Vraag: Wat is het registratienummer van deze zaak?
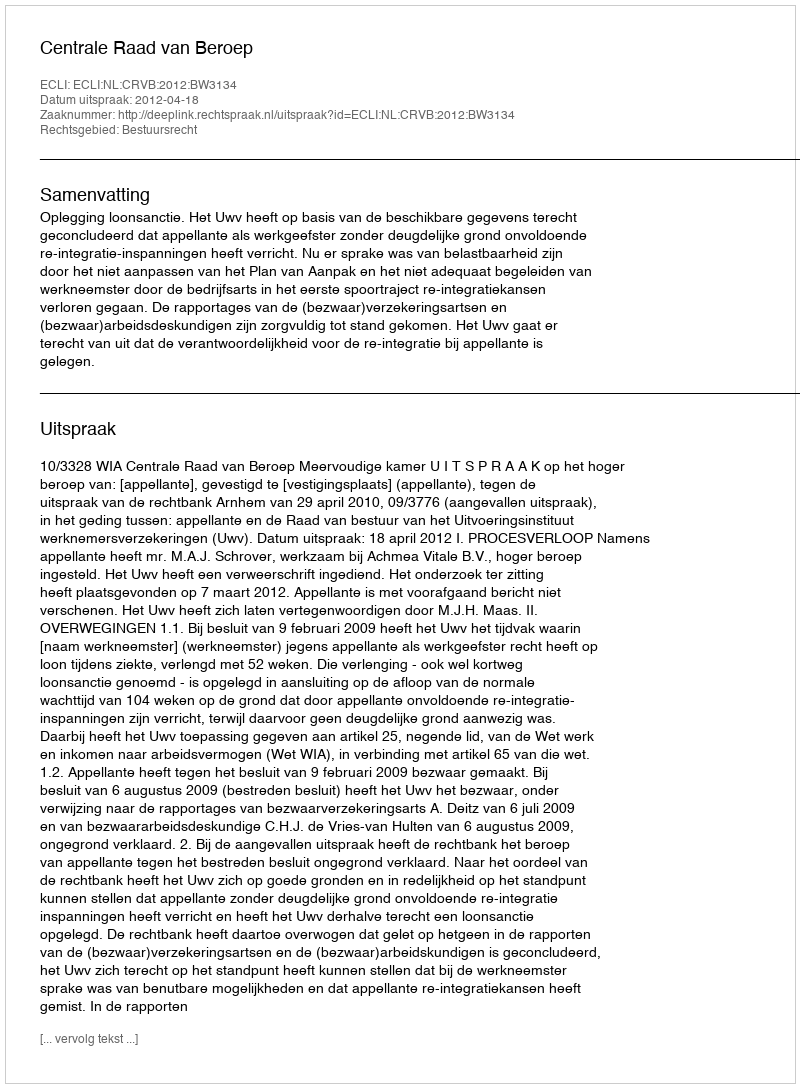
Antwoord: http://deeplink.rechtspraak.nl/uitspraak?id=ECLI:NL:CRVB:2012:BW3134